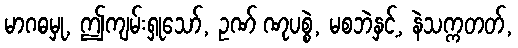
မာဂဓမှု, ဤကျမ်းရှုသော်, ဥဏ် ဏုပစ္စဲ, မစဘဲနှင့်, နဲသက္ကတတ်,